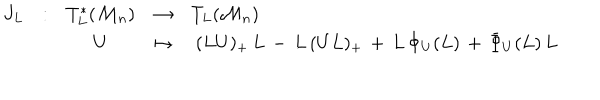
LaTeX: \begin{array} { l l c c l } { { J _ { L } } } & { { : } } & { { T _ { L } ^ { * } ( { \cal M } _ { n } ) } } & { { \rightarrow } } & { { T _ { L } ( { \cal M } _ { n } ) } } \\ { { } } & { { } } & { { U } } & { { \mapsto } } & { { \ ( L U ) _ { + } \, L \, - \, L \, ( U L ) _ { + } \, + \, L \, \Phi _ { U } ( L ) \, + \, \bar { \Phi } _ { U } ( L ) \, L } } \\ \end{array}